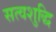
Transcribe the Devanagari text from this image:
सत्वशुद्धि